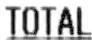
TOTAL